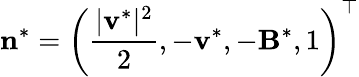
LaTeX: \mathbf{n}^{*}=\left(\frac{|\mathbf{v}^{*}|^{2}}{2},-\mathbf{v}^{*},-\mathbf{B}^{*},1\right)^{\top}